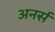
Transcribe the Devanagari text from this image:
अनर्स